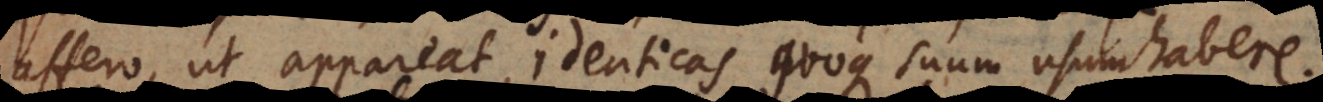
affero, ut appareat, identicas quoque suum usum habere.